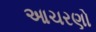
આચરણો